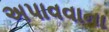
અપાવવાના